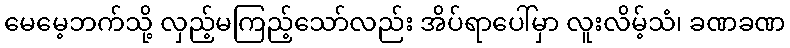
မေမေ့ဘက်သို့ လှည့်မကြည့်သော်လည်း အိပ်ရာပေါ်မှာ လူးလိမ့်သံ၊ ခဏခဏ